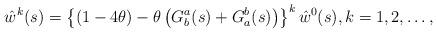
LaTeX: \begin{align*}\hat{w}^{k}(s)=\left\{ \left(1-4\theta\right)-\theta\left(G_{b}^{a}(s)+G_{a}^{b}(s)\right)\right\} ^{k}\hat{w}^{0}(s),k=1,2,\ldots,\end{align*}